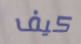
كيف